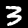
Label: 3